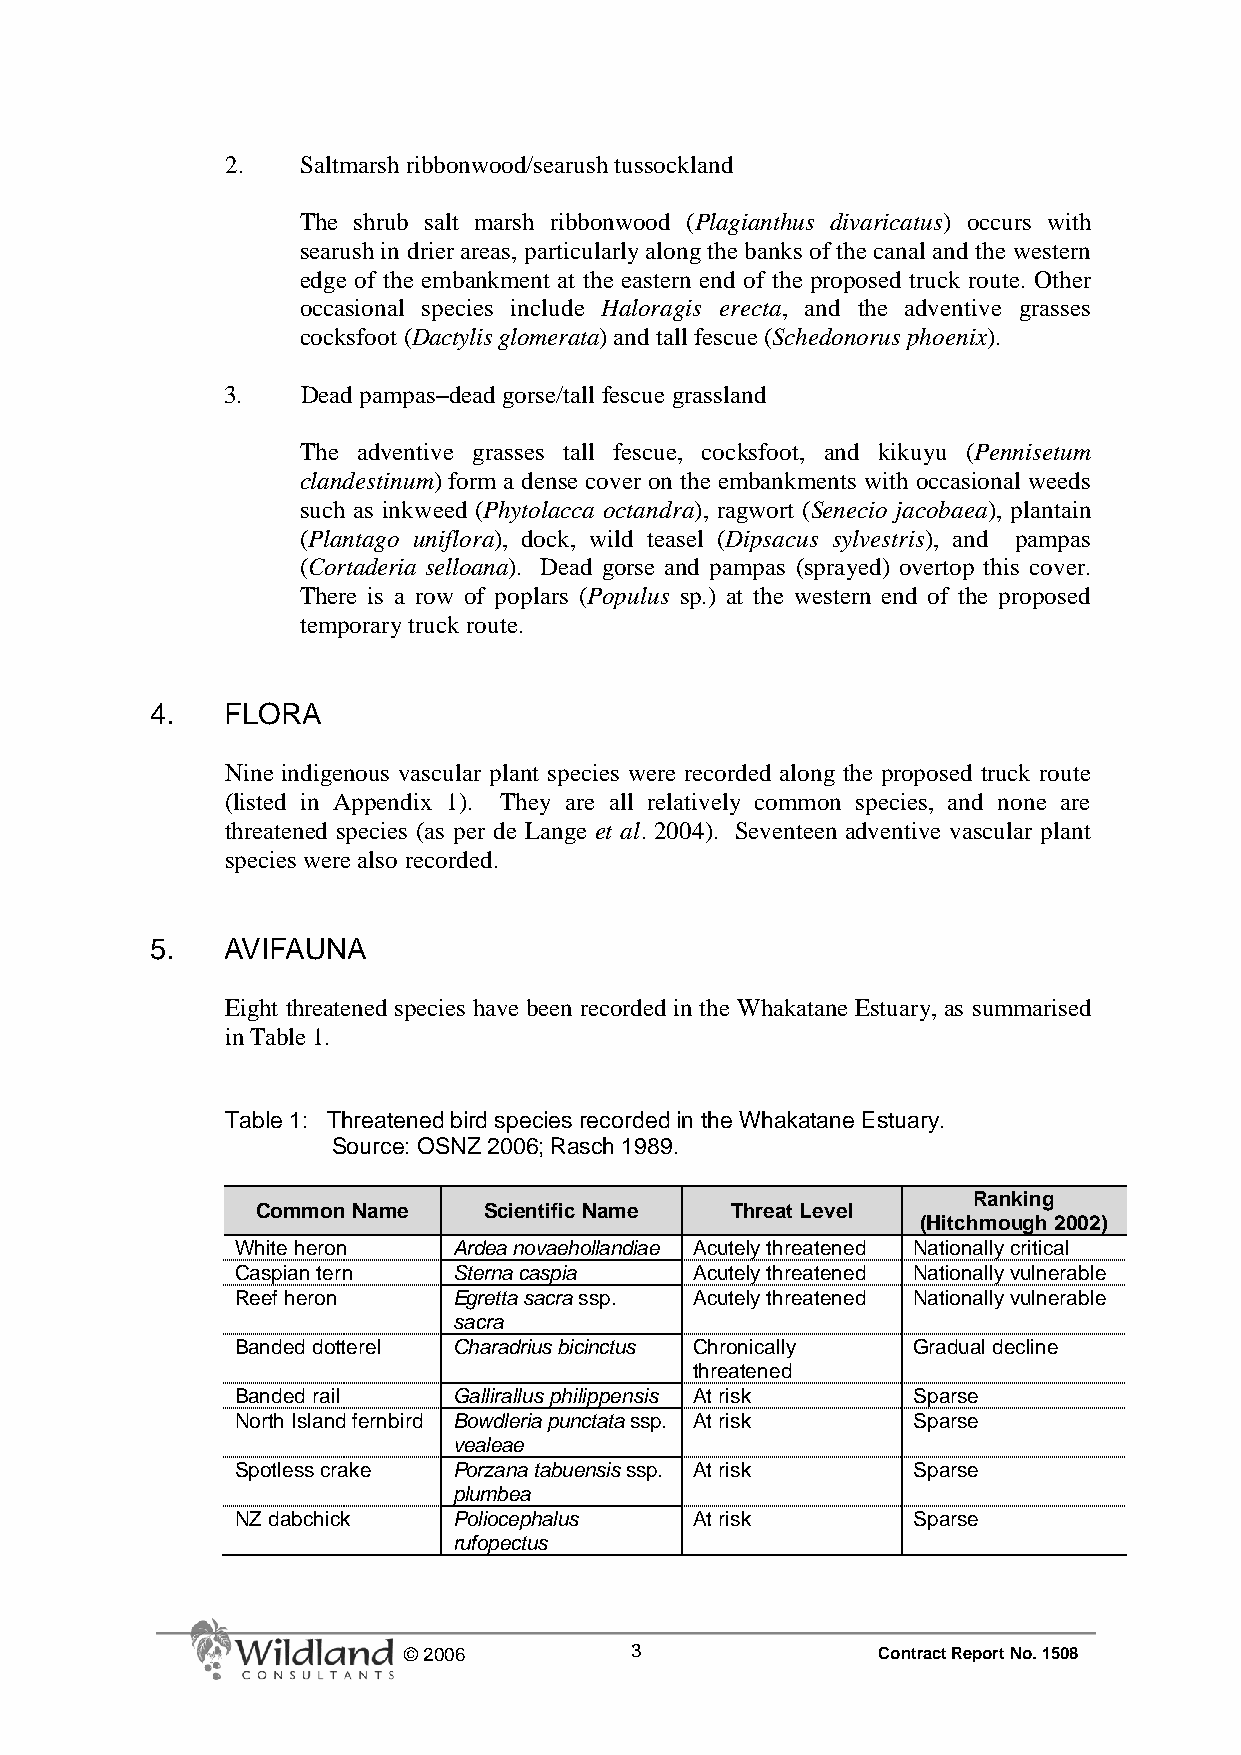
2.   Saltmarsh ribbonwood/searush tussockland
 The shrub salt marsh ribbonwood (Plagianthus divaricatus) occurs with
 searush in drier areas, particularly along the banks of the canal and the western
 edge of the embankment at the eastern end of the proposed truck route. Other
 occasional species include Haloragis erecta, and the adventive grasses
 cocksfoot (Dactylis glomerata) and tall fescue (Schedonorus phoenix).
 3.   Dead pampas–dead gorse/tall fescue grassland
 The adventive grasses tall fescue, cocksfoot, and kikuyu (Pennisetum
 clandestinum) form a dense cover on the embankments with occasional weeds
 such as inkweed (Phytolacca octandra), ragwort (Senecio jacobaea), plantain
 (Plantago uniflora), dock, wild teasel (Dipsacus sylvestris), and pampas
 (Cortaderia selloana). Dead gorse and pampas (sprayed) overtop this cover.
 There is a row of poplars (Populus sp.) at the western end of the proposed
 temporary truck route.
 4.   FLORA
 Nine indigenous vascular plant species were recorded along the proposed truck route
 (listed in Appendix 1). They are all relatively common species, and none are
 threatened species (as per de Lange et al. 2004). Seventeen adventive vascular plant
 species were also recorded.
 5.   AVIFAUNA
 Eight threatened species have been recorded in the Whakatane Estuary, as summarised
 in Table 1.
 Table 1: Threatened bird species recorded in the Whakatane Estuary.
 Source: OSNZ 2006; Rasch 1989.
 Ranking
 Common Name    Scientific Name Threat Level
 (Hitchmough 2002)
 White heron   Ardea novaehollandiae Acutely threatened Nationally critical
 Caspian tern  Sterna caspia   Acutely threatened Nationally vulnerable
 Reef heron    Egretta sacra ssp. Acutely threatened Nationally vulnerable
 sacra
 Banded dotterel Charadrius bicinctus Chronically Gradual decline
 threatened
 Banded rail   Gallirallus philippensis At risk Sparse
 North Island fernbird Bowdleria punctata ssp. At risk Sparse
 vealeae
 Spotless crake Porzana tabuensis ssp. At risk Sparse
 plumbea
 NZ dabchick   Poliocephalus   At risk       Sparse
 rufopectus
 © 2006         3               Contract Report No. 1508